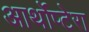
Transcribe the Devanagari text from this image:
आर्थोप्टेरा